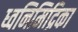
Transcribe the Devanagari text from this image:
ध्वनिमिद्रिका